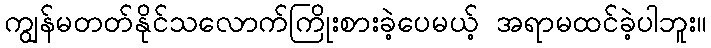
ကျွန်မတတ်နိုင်သလောက်ကြိုးစားခဲ့ပေမယ့် အရာမထင်ခဲ့ပါဘူး။